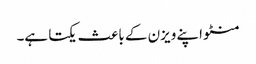
منٹو اپنے ویزن کے باعث یکتا ہے۔